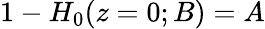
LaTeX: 1-H_{0}(z=0;B)=A